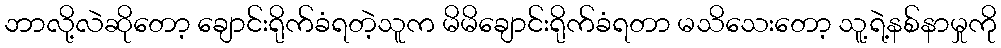
ဘာလို့လဲဆိုတော့ ချောင်းရိုက်ခံရတဲ့သူက မိမိချောင်းရိုက်ခံရတာ မသိသေးတော့ သူ့ရဲ့နစ်နာမှုကို